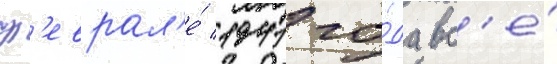
ф'еврал'е́ 1941 го́да вс'е́